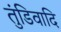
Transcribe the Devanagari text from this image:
तुंडिवादि